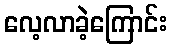
လေ့လာခဲ့ကြောင်း